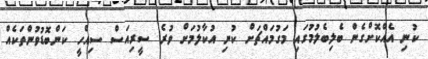
ކުނި އެއްކޮށްގެން ބެލިބެލުމުގައި މަގުމައްޗަށް ކުނި އުކާލުމަށް ވުރެ ސީރިއަސް ސިއްހީ ކަންބޮޑުވުންތަކެއް